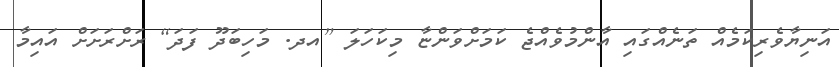
އަނިޔާވެރިކަމެއް ތަނެއްގައި އާންމުވެއްޖެ ކަމަށްވަންޏާ މިކަހަލަ [އދ. މަހިބަދޫ ފަދަ] ރަށްރަށަށް އައިމާ